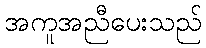
အကူအညီပေးသည်